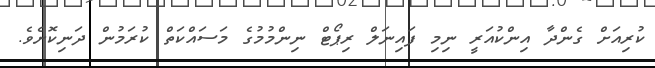
ކުރިއަށް ގެންދާ އިންކުއަރީ ނިމި ފައިނަލް ރިޕޯޓް ނިންމުމުގެ މަސައްކަތް ކުރަމުން ދަނިކޮށެވެ.